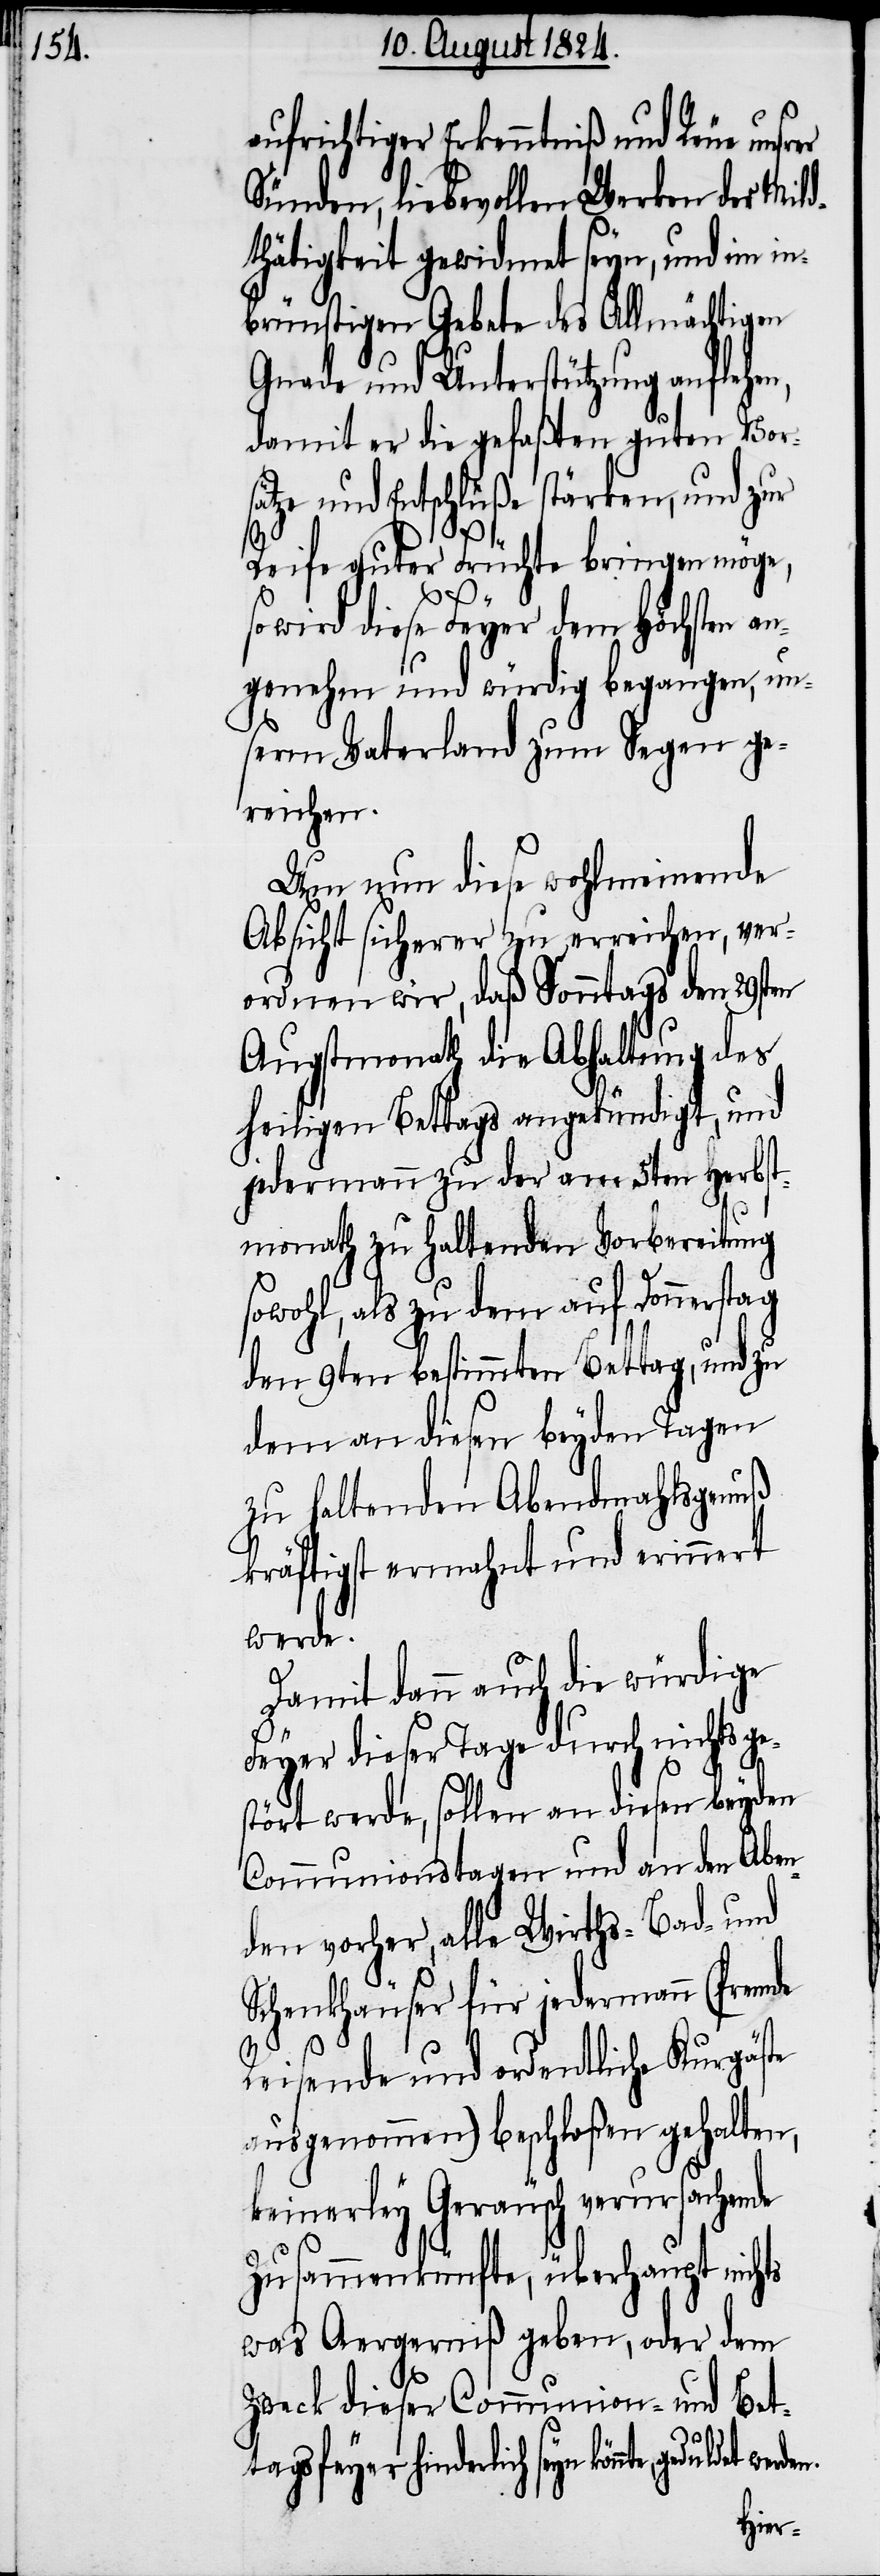
aufrichtiger Erkenntniß und Reue unsr¬
Sünden, liebevollen Werken der Mild¬
thätigkeit gewidmet seyn, und im in¬
brünstigen Gebete des Allmächtigen
Gnade und Unterstützung anflehen,
damit er die gefaßten guten Vor¬
sätze und Entschlüße stärken, und zur
Reife guter Früchte bringen möge,
so wird diese Feyer dem Höchsten an¬
genehm und würdig begangen, un¬
serm Vaterland zum Segen ge¬
reichen.
Um nun diese wohlmeinende
Absicht sicherer zu erreichen, ver¬
ordnen wir, daß Sonntags den 29sten
Augstmonath die Abhaltung des
heiligen Bettags angekündigt, und
jedermann zu der am 5ten Herbst¬
monath zu haltenden Vorbereitung
sowohl, als zu dem auf Donnerstag
den 9ten bestimmten Bettag, und zu
dem an diesen beyden Tagen
zu haltenden Abendmahlsgenuß
kräftigst ermahnt und erinnert
werden.
er
Damit dann auch die würdige
Feyer dieser Tage durch nichts ge¬
stört werde, sollen an diesen beyden
Communionstagen und an den Aben¬
den vorher, alle Wirths- Bad- und
Schenkhäuser für jedermann (fremde
Reisende und ordentliche Kurgäste
ausgenommen) beschloßen gehalten,
keinerley Geräusch verursachende
Zusammenkünfte, überhaupt nichts
was Aergerniß geben, oder dem
Zweck dieser Communion- und Bet¬
tagsfeyer hinderlich seyn könnte,